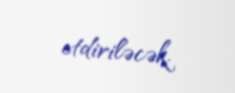
etdiriləcək.